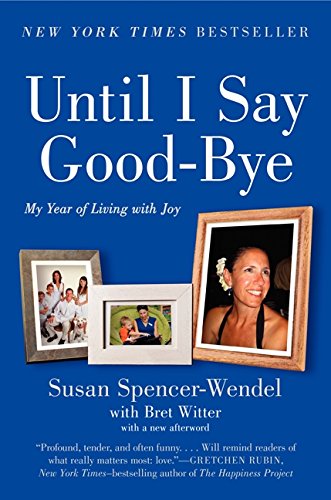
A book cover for Until I Say Good-Bye: My Year of Living with Joy; Susan Spencer-Wendel; Biographies & Memoirs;